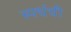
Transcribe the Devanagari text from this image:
स्पर्धची